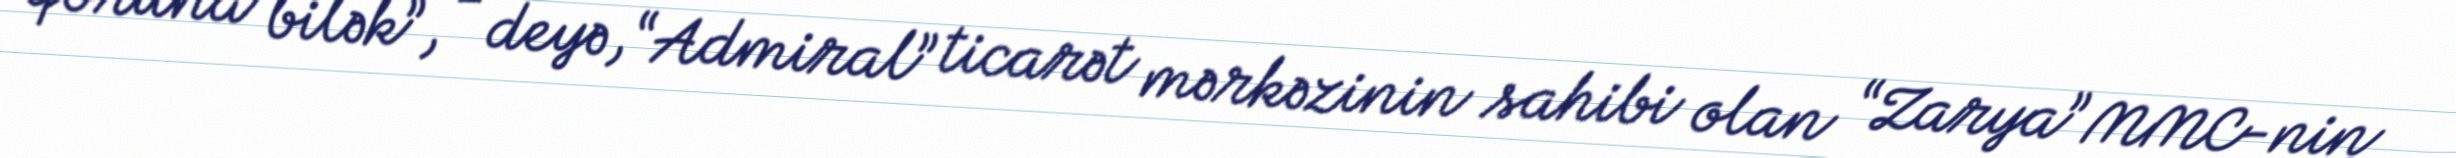
qoruna bilək”, - deyə, “Admiral” ticarət mərkəzinin sahibi olan “Zarya” MMC-nin